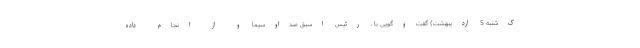
ک‌شنبه 5 اردیبهشت) گفت‌وگویی با ، رئیس اسبق صداوسیما و از انجام داده